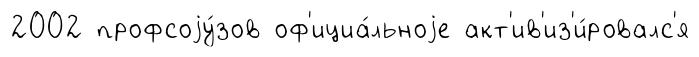
2002 профсоjу́зов оф'ициа́льноjе акт'ив'из'и́ровалс'я